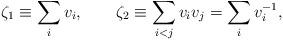
LaTeX: \begin{align*}\zeta_1\equiv \sum_i v_i, \qquad \zeta_2 \equiv \sum_{i<j} v_i v_j = \sum_i v_i^{-1}, \end{align*}